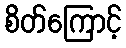
စိတ်ကြောင့်